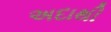
અદાથી